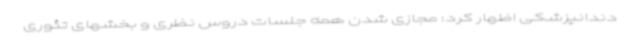
دندانپزشکی اظهار کرد: مجازی شدن همه جلسات دروس نظری و بخشهای تئوری